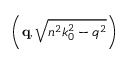
\left( \mathbf { q } , \sqrt { n ^ { 2 } k _ { 0 } ^ { 2 } - q ^ { 2 } } \right)